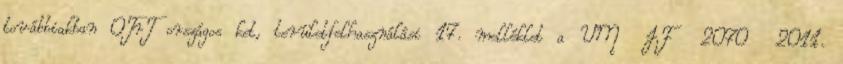
továbbiakban OTrT országos ket, területfelhasználási 17. melléklet a VM JF 2070 2011.